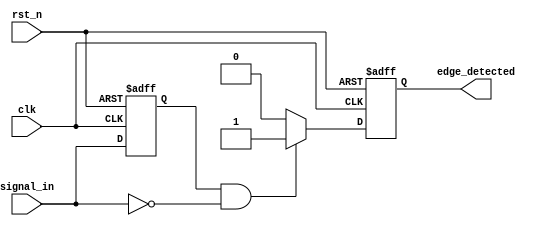
module negative_edge_detector (
    input wire clk,               // Clock signal
    input wire rst_n,             // Asynchronous active-low reset
    input wire signal_in,         // Input signal to detect negative edges
    output reg edge_detected      // Output signal indicating a negative edge
);

reg prev_signal;                 // Memory element to store the previous state of signal_in

// Always block to handle the clock and reset
always @(posedge clk or negedge rst_n) begin
    if (!rst_n) begin
        prev_signal <= 1'b0;      // Initialize previous signal to 0 on reset
        edge_detected <= 1'b0;    // Clear edge detected output
    end else begin
        // Detect negative edge
        edge_detected <= (prev_signal == 1'b1 && signal_in == 1'b0) ? 1'b1 : 1'b0;
        prev_signal <= signal_in;  // Update previous signal with current signal_in
    end
end

endmodule